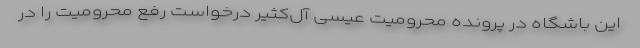
این باشگاه در پرونده محرومیت عیسی آل‌کثیر درخواست رفع محرومیت را در